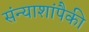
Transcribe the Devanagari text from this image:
संन्याशांपैकी